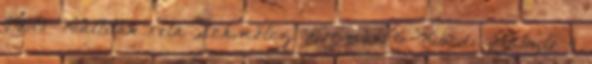
00:19 Kiállítás róla Schmölcz Norman 6 Kibédi László 4